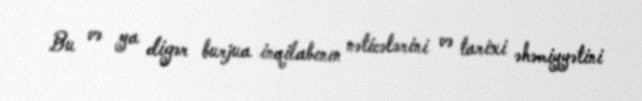
Bu və ya digər burjua inqilabının nəticələrini və tarixi əhəmiyyətini